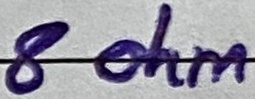
Text: 8 ohm